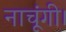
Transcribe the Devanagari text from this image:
नाचूंगी।